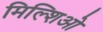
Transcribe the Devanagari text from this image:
मिल्शिओ